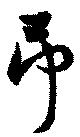
弔